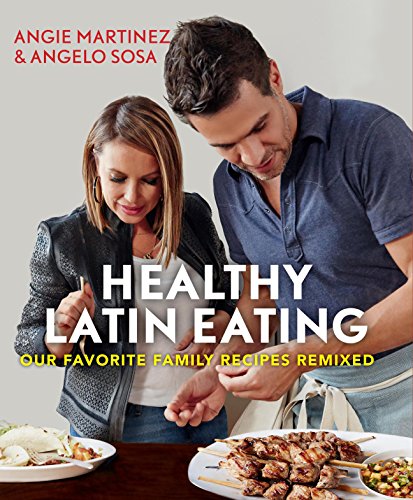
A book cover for Healthy Latin Eating: Our Favorite Family Recipes Remixed; Angie Martinez; Cookbooks, Food & Wine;